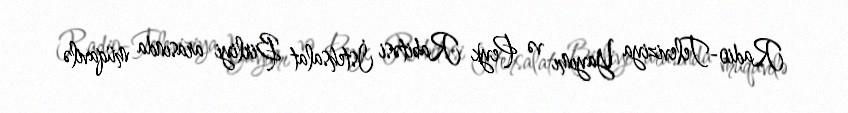
Radio-Televiziya Yayımı və Peyk Rabitəsi İstehsalat Birliyi arasında müqavilə